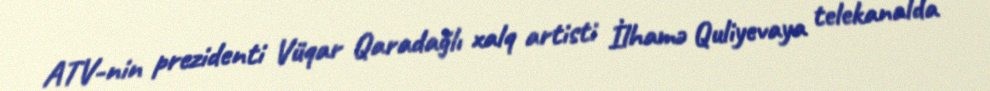
ATV-nin prezidenti Vüqar Qaradağlı xalq artisti İlhamə Quliyevaya telekanalda